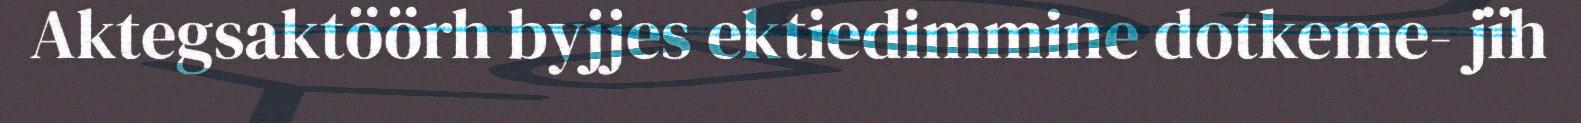
Aktegsaktöörh byjjes ektiedimmine dotkeme- jïh